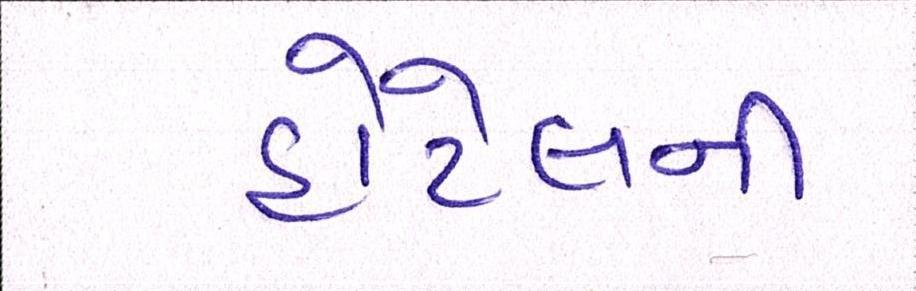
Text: હોટેલની